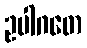
ဥပါဂတေ